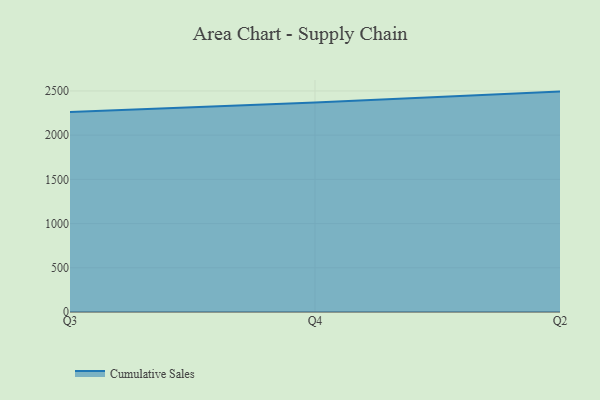
{"axis": {"x": "Quarter", "y": "Net Income (USD K)"}, "legend": ["Cumulative Sales"], "data": [{"x": "Q3", "y": 2261.3, "type": "Cumulative Sales"}, {"x": "Q4", "y": 2370.6, "type": "Cumulative Sales"}, {"x": "Q2", "y": 2492.6, "type": "Cumulative Sales"}]}